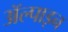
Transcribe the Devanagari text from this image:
ॲल्पाइन